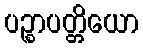
ပဉ္စာပတ္တိယော